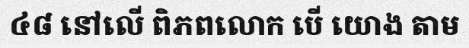
៤៨ នៅលើ ពិភពលោក បើ យោង តាម